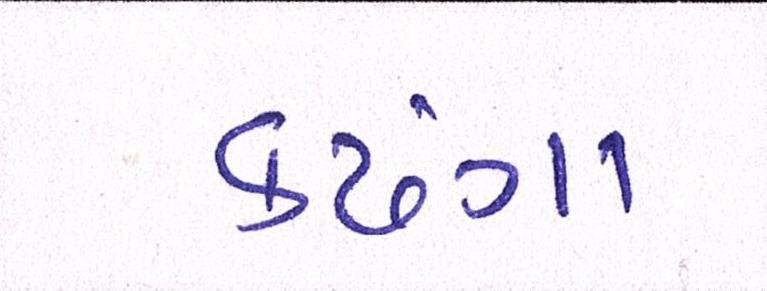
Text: કઢંગા